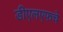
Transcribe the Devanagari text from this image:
डीएलएफचे